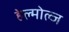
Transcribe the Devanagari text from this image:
हेल्मोल्ज